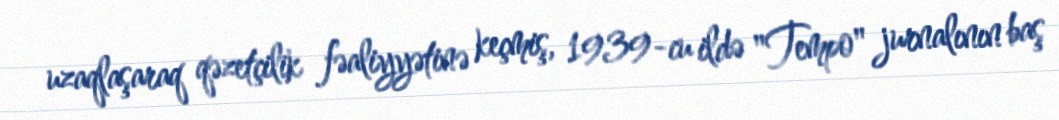
uzaqlaşaraq qəzetçilik fəaliyyətinə keçmiş, 1939-cu ildə "Tempo" jurnalının baş